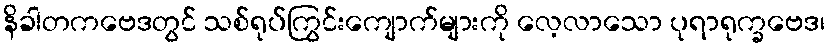
နိခါတကဗေဒတွင် သစ်ရုပ်ကြွင်းကျောက်များကို လေ့လာသော ပုရာရုက္ခဗေဒ၊